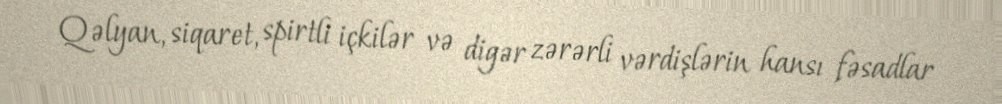
Qəlyan, siqaret, spirtli içkilər və digər zərərli vərdişlərin hansı fəsadlar